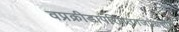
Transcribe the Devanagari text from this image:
वप्रक्रीडापरिणतगजप्रेक्षणीयं